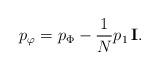
LaTeX: \begin{align*}p_\varphi=p_\Phi-{1\over N}p_1\,{\bf I}.\end{align*}